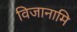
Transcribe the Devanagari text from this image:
विजानामि